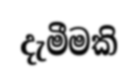
දැමීමකි